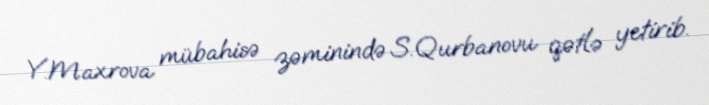
Y.Maxrova mübahisə zəminində S.Qurbanovu qətlə yetirib.